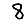
Digit: 8